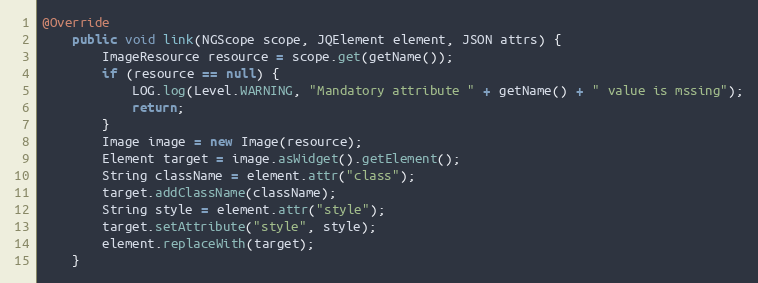
Language: Java
@Override
    public void link(NGScope scope, JQElement element, JSON attrs) {
        ImageResource resource = scope.get(getName());
        if (resource == null) {
            LOG.log(Level.WARNING, "Mandatory attribute " + getName() + " value is mssing");
            return;
        }
        Image image = new Image(resource);
        Element target = image.asWidget().getElement();
        String className = element.attr("class");
        target.addClassName(className);
        String style = element.attr("style");
        target.setAttribute("style", style);
        element.replaceWith(target);
    }